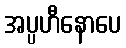
အပ္ပဟီနောပေ